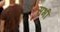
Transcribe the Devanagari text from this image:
सभीं